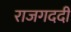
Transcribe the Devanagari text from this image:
राजगददी